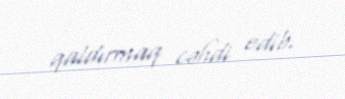
qaldırmaq cəhdi edib.